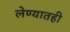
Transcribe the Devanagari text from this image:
लेण्यातही